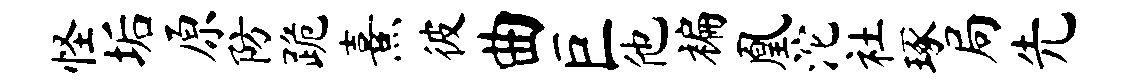
怪垢原防跪熹彼曲巨他褊凰沱社琢局先